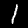
Label: 1